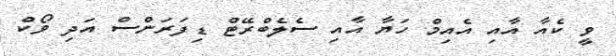
ވީ ކެއާ އާއި އެއިމް ހަޔާ އާއި ސެލެބްރޭޓް ޑިފަރަންސް އަދި ވޯކް